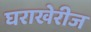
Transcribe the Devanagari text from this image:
घराखेरीज